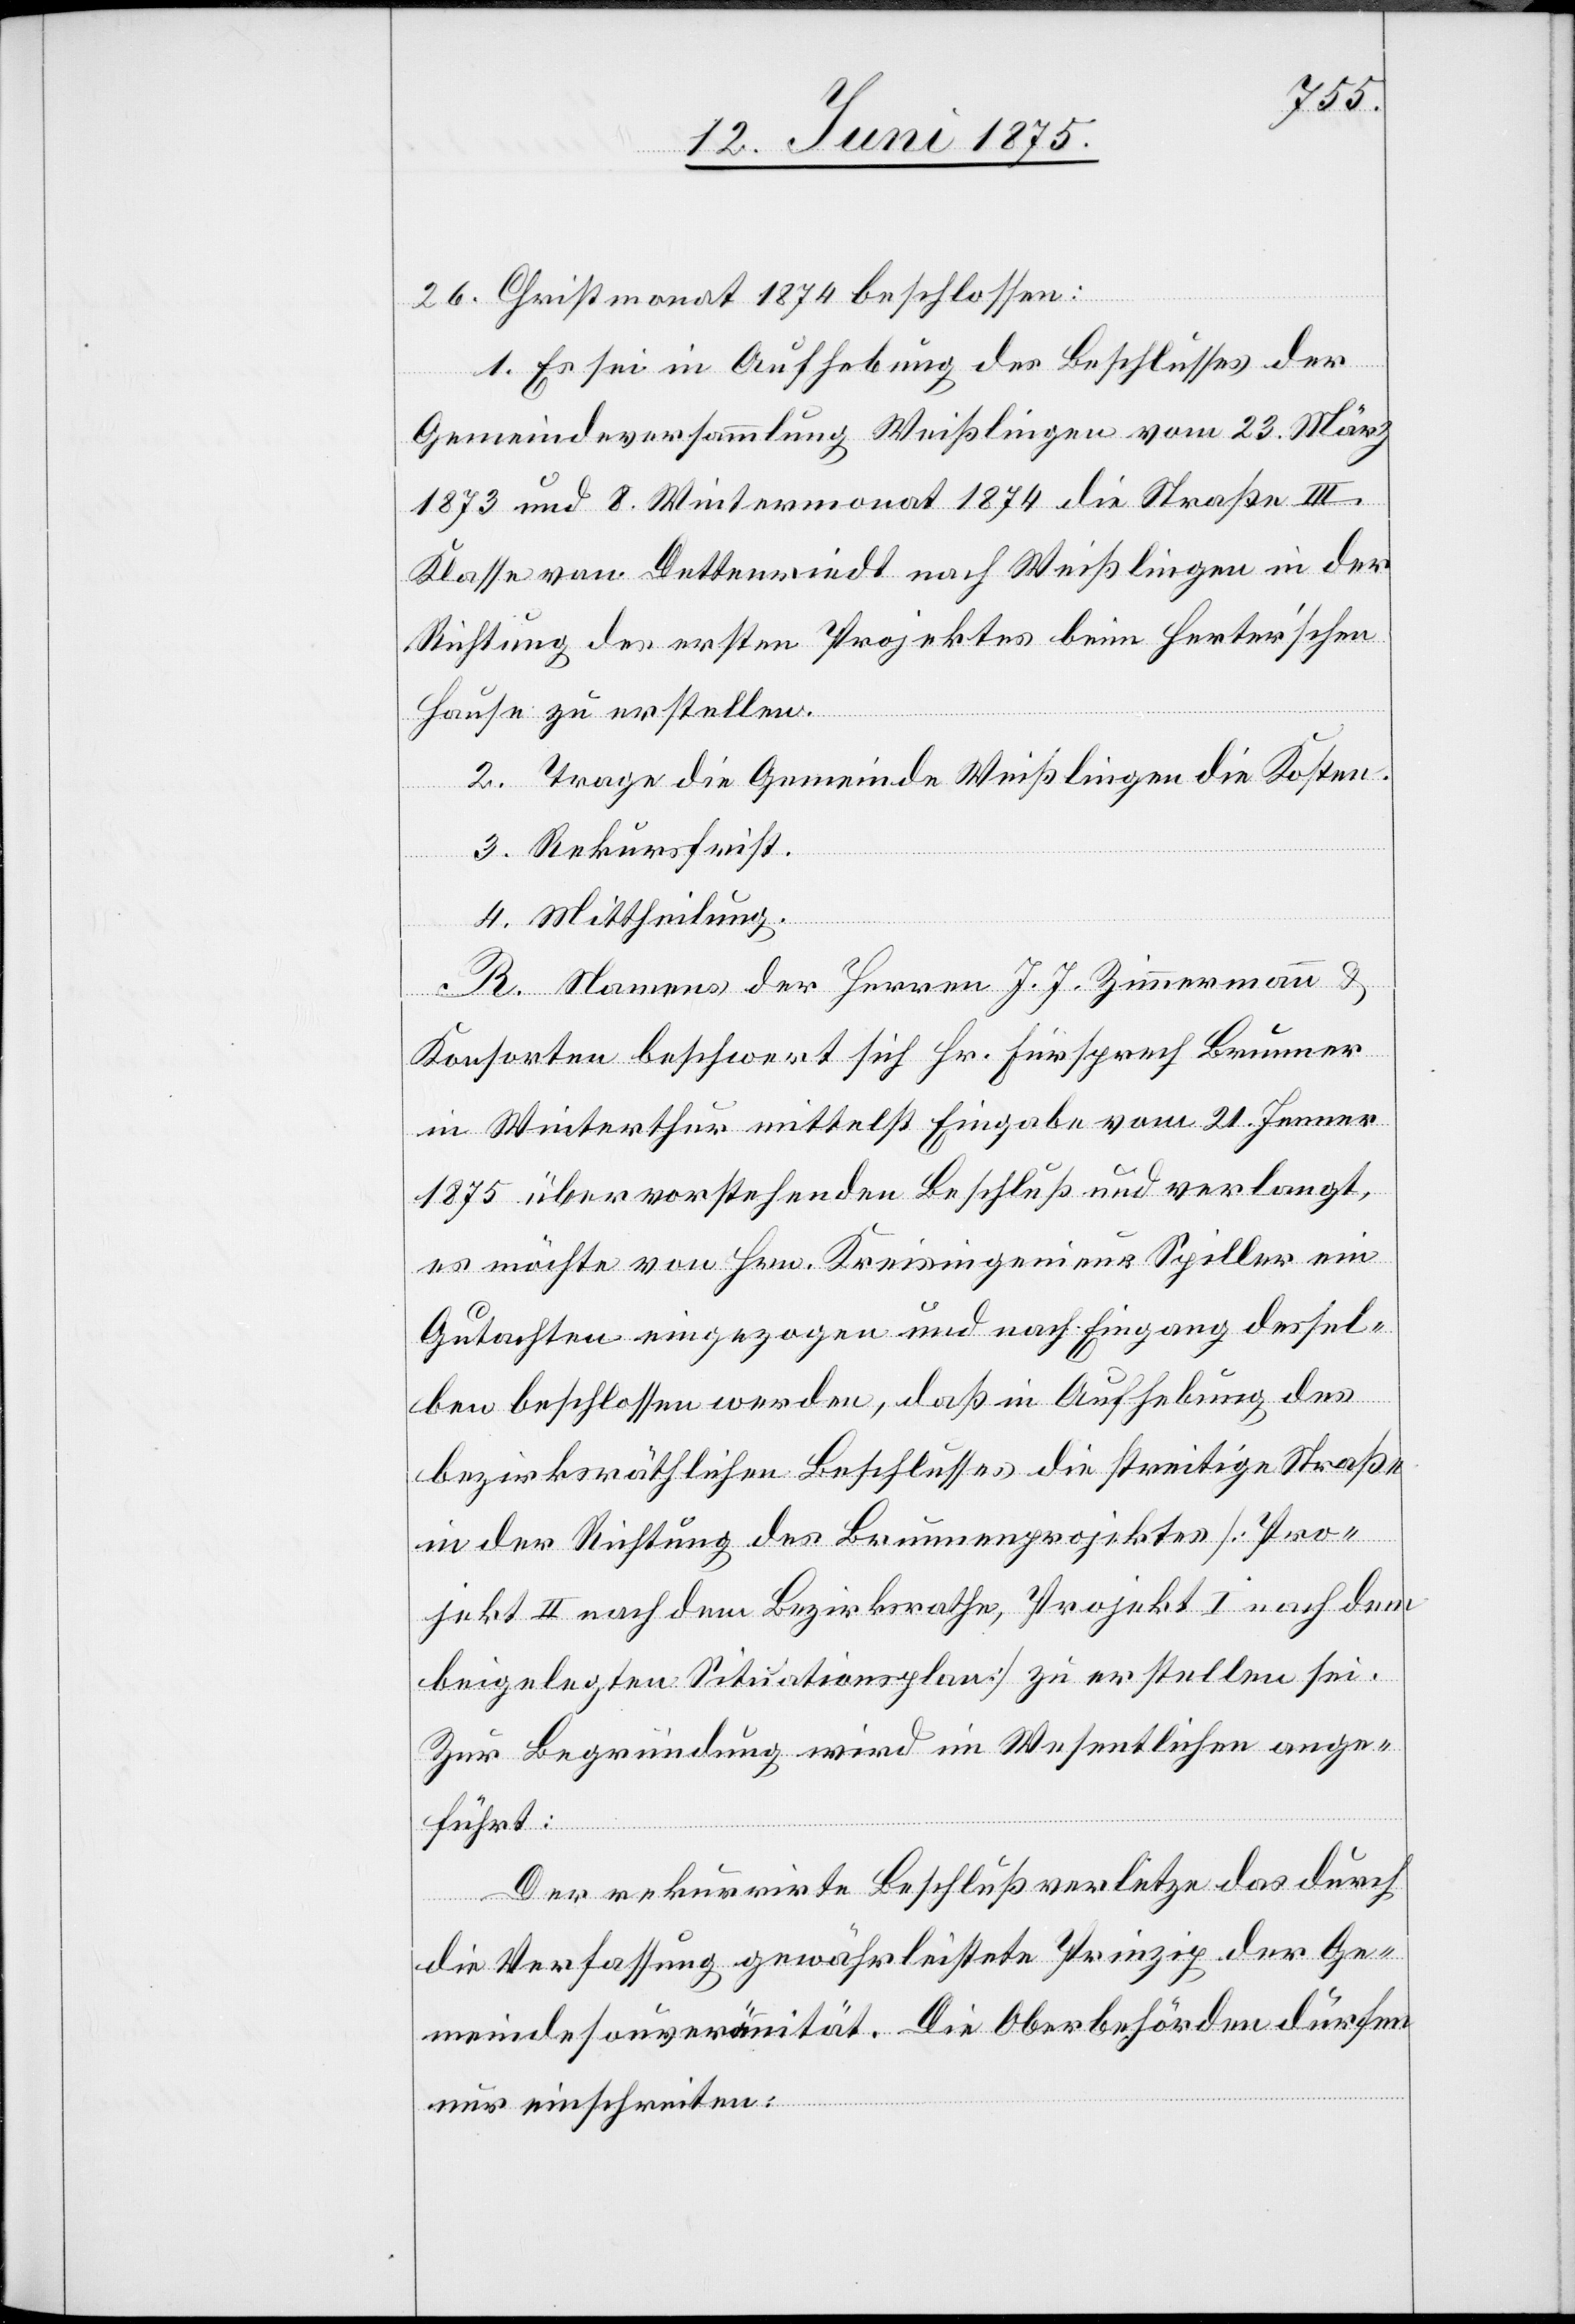
26. Christmonat 1874 beschlossen:
1. Es sei in Aufhebung des Beschlusses der
Gemeindeversammlung Weißlingen vom 23. März
1873 und 8. Wintermonat 1874 die Straße III.
Klasse von Dettenriedt nach Weißlingen in der
Richtung des ersten Projektes beim Herter’schen
Hause zu erstellen.
2. Trage die Gemeinde Weißlingen die Kosten.
3. Rekursfrist.
4. Mittheilung.
R. Namens der Herren J. J. Zimmermann &
Konsorten beschwert sich Hr. Fürsprech Brunner
in Winterthur mittelst Eingabe vom 21. Jenner
1875 über vorstehenden Beschluss und verlangt,
es möchte von Hrn. Kreisingenieur Spiller ein
Gutachten eingezogen und nach Eingang dessel¬
ben beschlossen werden, daß in Aufhebung des
bezirksräthlichen Beschlusses die streitige Straße
in der Richtung des Brunnenprojektes [Pro¬
jekt II nach dem Bezirksrathe, Projekt I nach dem
beigelegten Situationsplan] zu erstellen sei.
Zur Begründung wird im Wesentlichen ange¬
die
führt:
Der rekurrirte Beschluss verletzte das durch
die Verfassung gewährleistete Prinzip der Ge¬
meindesouveränität. Die Oberbehörden dürfen
nur einschreiten: